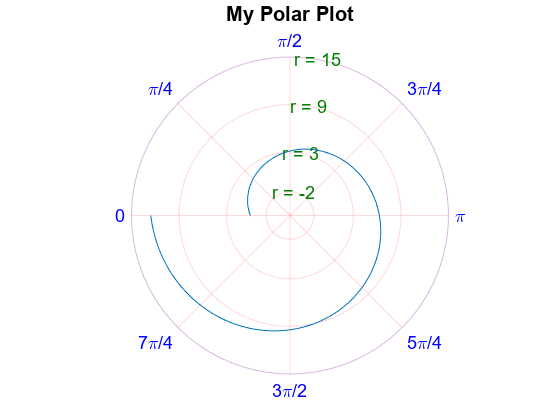
matlab, figure, polarplot